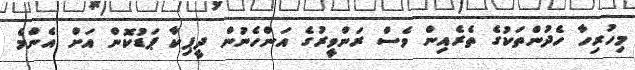
މިހުރިހާ ހެދުންތަކުގެ ތެރެއިން ވެސް ރަންވީރުގެ އަންހެނުން ދީޕިކާ ޕަޑުކޮން އަށް އެންމެ